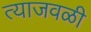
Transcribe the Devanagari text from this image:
त्याजवळी